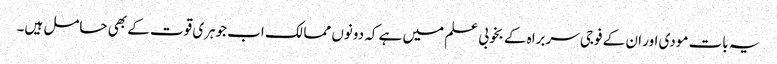
یہ بات مودی اور ان کے فوجی سربراہ کے بخوبی علم میں ہے کہ دونوں ممالک اب جوہری قوت کے بھی حامل ہیں۔